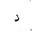
Letter: _dal